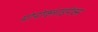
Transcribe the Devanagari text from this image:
मोनोक्लाइमेक्स